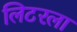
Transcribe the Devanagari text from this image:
लिटरला